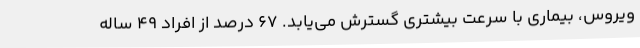
ویروس، بیماری با سرعت بیشتری گسترش می‌یابد. ۶۷ درصد از افراد ۴۹ ساله